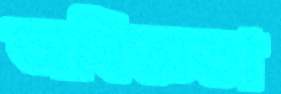
অবিজ্ঞতা